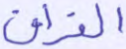
الفراق